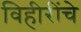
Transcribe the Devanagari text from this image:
विहीरींचे